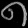
Digit: ၈